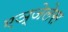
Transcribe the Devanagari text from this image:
एञ्जेलेस